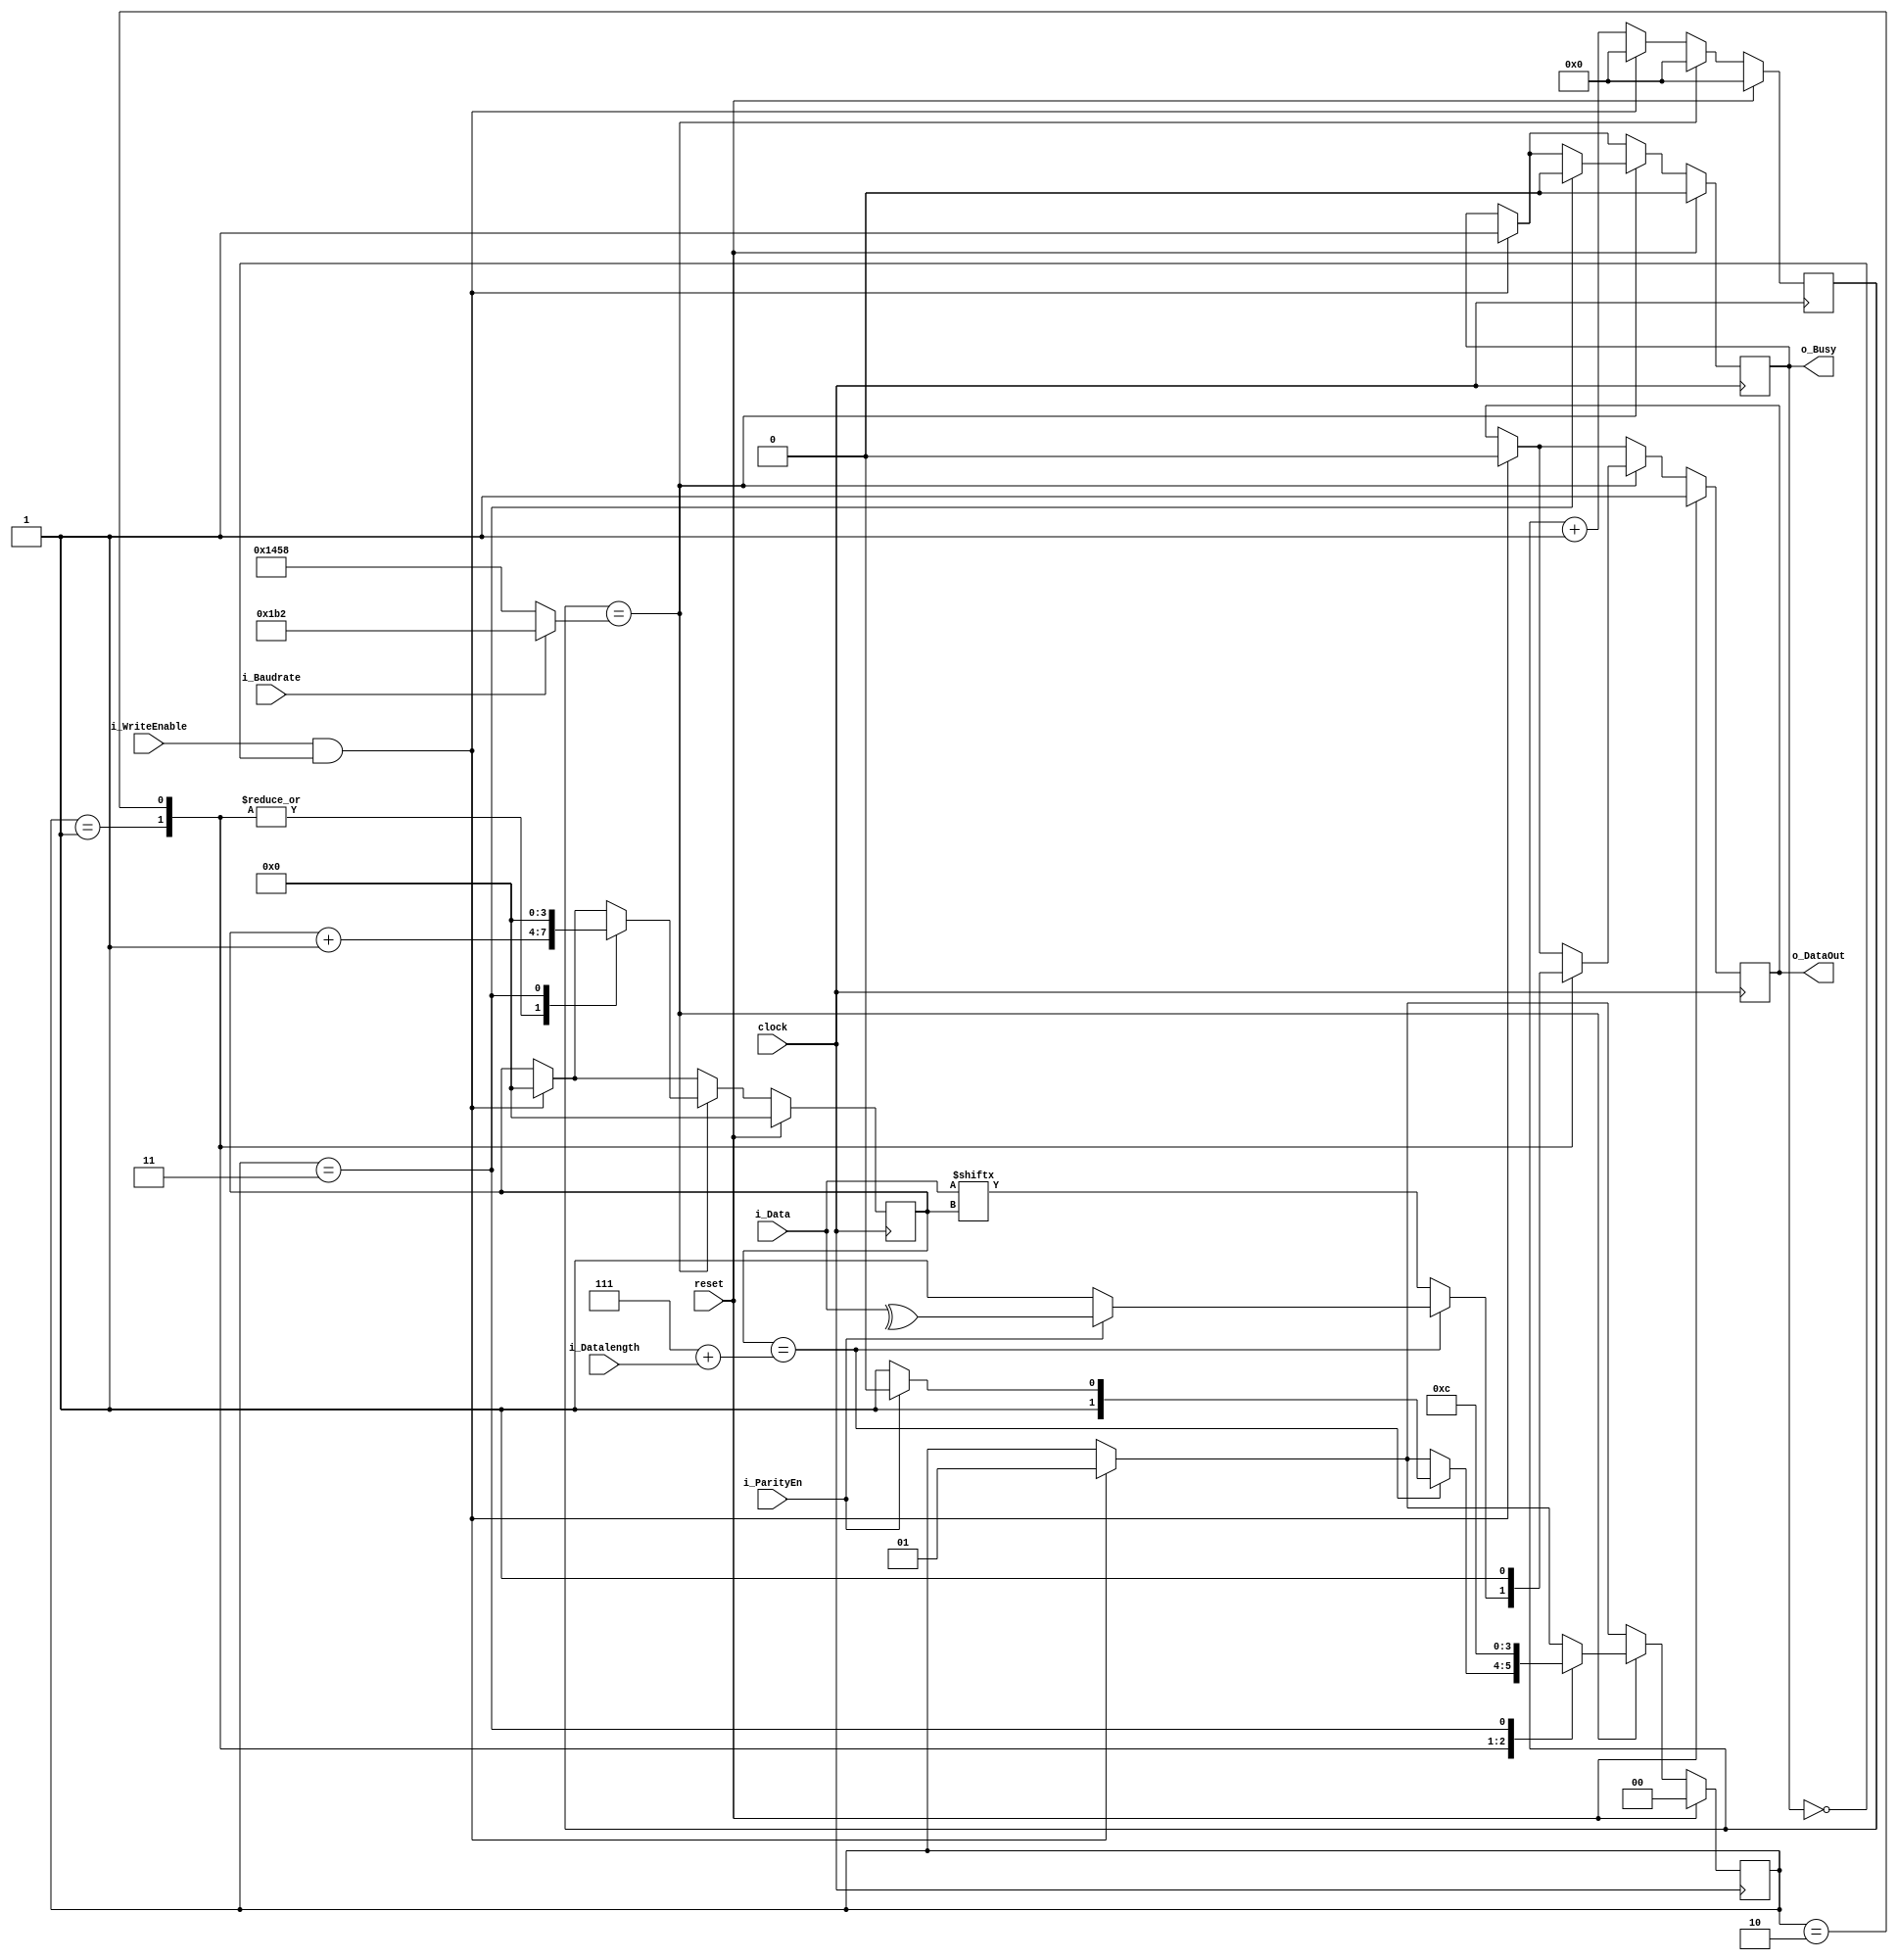
module tx (
            clock,
            reset, 
            i_ParityEn, 
            i_Datalength,
            i_Baudrate, 
            i_Data, 
            i_WriteEnable, 
            o_DataOut, //the tx output
            o_Busy);

localparam BAUD_9600_BIT_PER=5208;// 9600 baud rate, 1bit.
localparam BAUD_115200_BIT_PER=434;// 115200b/s baud rate baud rate, 1bit.
//localparam BAUD_9600_BIT_PER=2605;// 9600 baud rate, 1bit.
//localparam BAUD_115200_BIT_PER=434;// 115200b/s baud rate baud rate, 1bit.



input clock, reset;
input i_ParityEn;
input i_Datalength;
input i_Baudrate;
input [7:0] i_Data ;
input i_WriteEnable ;

output o_DataOut; 
output o_Busy;


reg r_Busy;



wire [12:0] bit_period;

reg [12:0] bit_passed;
reg datao_r;
reg [3:0]cnt_bit;

reg [1:0]sw_case;

wire write_enable_w;
wire baud_rate_w;
wire parityout_w;
wire data_length_w;

assign bit_period = baud_rate_w ? BAUD_115200_BIT_PER : BAUD_9600_BIT_PER;
assign parity_w = i_ParityEn;
assign parityout_w = ^i_Data;
assign data_length_w = i_Datalength;
assign o_Busy = r_Busy;
assign o_DataOut = datao_r;
assign baud_rate_w = i_Baudrate;
assign write_enable_w = i_WriteEnable;
always @(posedge clock)
	begin
		bit_passed <= bit_passed+ 1;
		if(reset)
			begin
				r_Busy <= 'b0;
				datao_r <= 'b1;
				cnt_bit <= 'd0;
				bit_passed <= 'd0;
				sw_case <= 'd0;
				
			end
		else
			begin
				if (write_enable_w && !r_Busy)
					begin			
						bit_passed <= 'd0;						
						sw_case <= 'd0;	
						r_Busy <= 'b1;
						datao_r <= 'b0;
						sw_case <= 'd1;
						cnt_bit <= 'd0;
					end
				if (bit_passed == bit_period)
					begin
						bit_passed <= 'd0;						
						case (sw_case)
							0:	begin
								end
							1:	begin
									if (cnt_bit == (7+data_length_w))
										begin
											
											
											cnt_bit <= cnt_bit + 'b1;								
											if (parity_w)
												begin
													sw_case <= 'd2;
													datao_r <= parityout_w;
											
												end
											else
												begin
													sw_case <= 'd3;
													datao_r <= 'b1;
												end
														
										end
									else
										begin
											datao_r <= i_Data[cnt_bit];											
											cnt_bit <= cnt_bit + 'b1;											
										end
								end
							2:	begin
									datao_r <= 'b1;
									sw_case <= 'd3;
									cnt_bit <= cnt_bit + 'b1;
									
								end
							3:	begin
									sw_case <= 'd0;
									r_Busy <= 'b0;								
									cnt_bit <= 'd0;
									bit_passed <= 'd0;
								end

						endcase
					end
			end
	end
endmodule